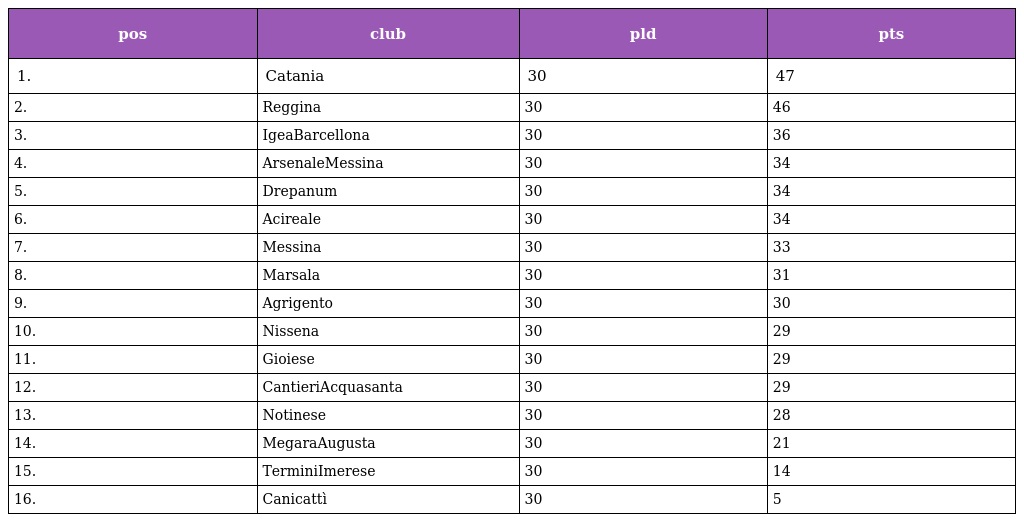
| pos | club | pld | pts |
 | --- | --- | --- | --- |
 | 1. | Catania | 30 | 47 |
 | 2. | Reggina | 30 | 46 |
 | 3. | IgeaBarcellona | 30 | 36 |
 | 4. | ArsenaleMessina | 30 | 34 |
 | 5. | Drepanum | 30 | 34 |
 | 6. | Acireale | 30 | 34 |
 | 7. | Messina | 30 | 33 |
 | 8. | Marsala | 30 | 31 |
 | 9. | Agrigento | 30 | 30 |
 | 10. | Nissena | 30 | 29 |
 | 11. | Gioiese | 30 | 29 |
 | 12. | CantieriAcquasanta | 30 | 29 |
 | 13. | Notinese | 30 | 28 |
 | 14. | MegaraAugusta | 30 | 21 |
 | 15. | TerminiImerese | 30 | 14 |
 | 16. | Canicattì | 30 | 5 |